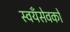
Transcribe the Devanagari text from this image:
स्वयँसेवकों